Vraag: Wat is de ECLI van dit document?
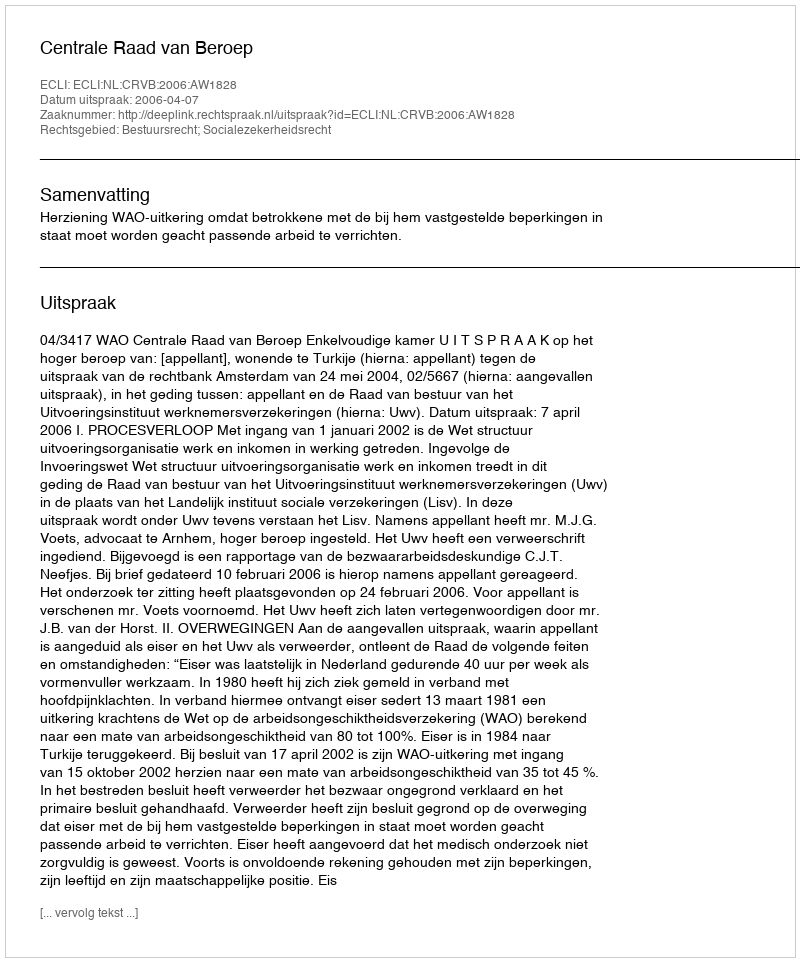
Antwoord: ECLI:NL:CRVB:2006:AW1828